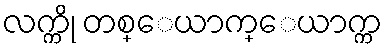
လက္ကို တစ္ေယာက္ေယာက္က